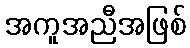
အကူအညီအဖြစ်